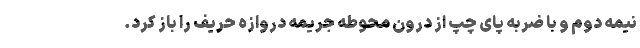
نیمه دوم و با ضربه پای چپ از درون محوطه جریمه دروازه حریف را باز کرد.